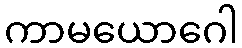
ကာမယောဂေါ